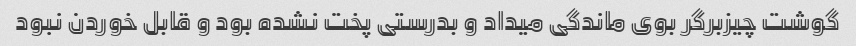
گوشت چیزبرگر بوی ماندگی میداد و بدرستی پخت نشده بود و قابل خوردن نبود